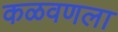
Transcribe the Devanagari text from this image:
कळवणला